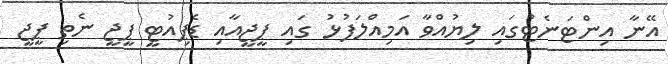
އޭނާ އިންޓަނެޓުގައި ލިޔުއްވާ އަމިއްލަފުޅު ގައި ޕީޖީއާއި ޑެޕިއުޓީ ޕީޖީ ނެތި ޕީޖީ